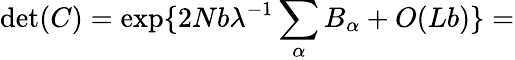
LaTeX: \operatorname*{det}(C)=\exp\{ 2Nb\lambda^{-1}\sum_{\alpha}B_{\alpha}+O(Lb)\} =